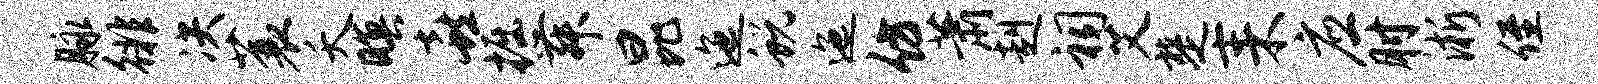
脉徘决蓑夭暝喜掘舞昆迤蜕迤仿萧赳祠艾楚耒应肘淅侄